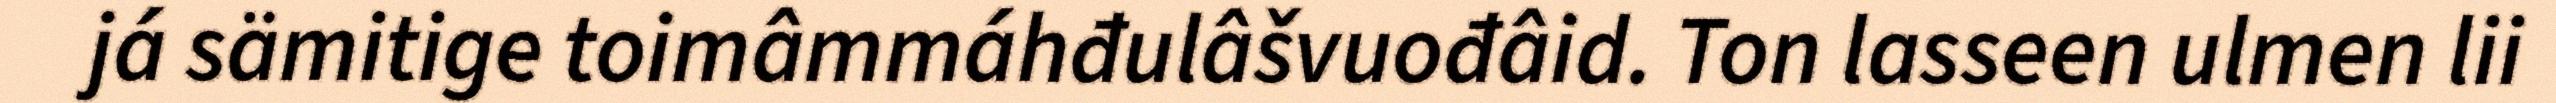
já sämitige toimâmmáhđulâšvuođâid. Ton lasseen ulmen lii